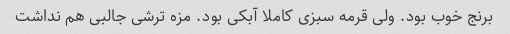
برنج خوب بود. ولی قرمه سبزی کاملا آبکی بود. مزه ترشی جالبی هم نداشت